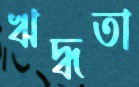
ঋদ্ধতা